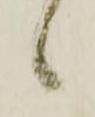
候